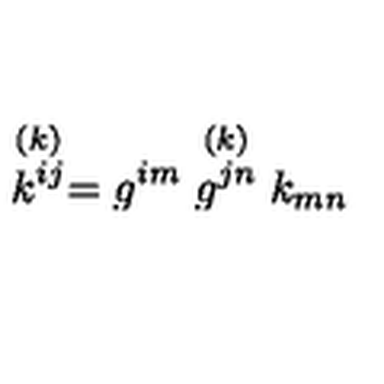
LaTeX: \stackrel { ( k ) } { k ^ { i j } } = { g ^ { i m } } \stackrel { ( k ) } { g ^ { j n } } k _ { m n }